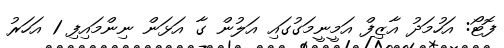
ފޮޓޯ: އަހުމަދު އާޒިފް އަމީނީމަގުގައި އަލުން ގާ އަޅަން ނިންމައިފި 1 އަހަރު